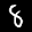
Digit: 8